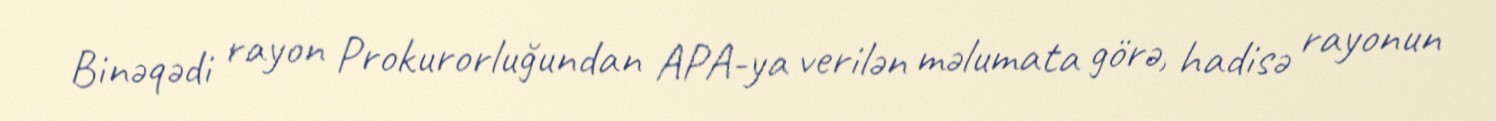
Binəqədi rayon Prokurorluğundan APA-ya verilən məlumata görə, hadisə rayonun